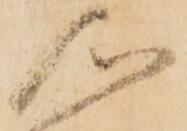
心